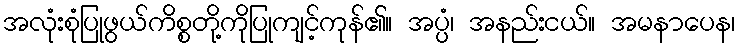
အလုံးစုံပြုဖွယ်ကိစ္စတို့ကိုပြုကျင့်ကုန်၏။ အပ္ပံ၊ အနည်းငယ်။ အမနာပေန၊